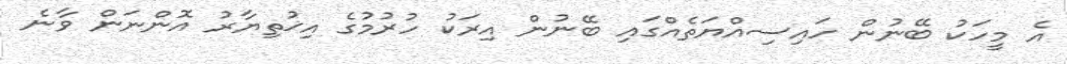
އެ މީހަކު ބޭނުން ހައިސިއްޔަތެއްގައި ބޭނުން އިރަކު ހުރުމުގެ އިޚުތިޔާރު އޮންނަން ވާނެ